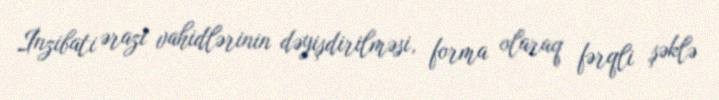
İnzibati ərazi vahidlərinin dəyişdirilməsi, forma olaraq fərqli şəklə